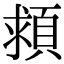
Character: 𩒮